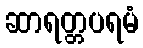
ဆာရတ္တပရမံ